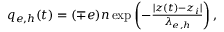
\begin{array} { r } { q _ { e , h } ( t ) = ( \mp e ) n \exp \left( - \frac { | z ( t ) - z _ { i } | } { \lambda _ { e , h } } \right) , } \end{array}